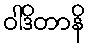
ဝါဒိတာနိ